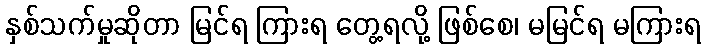
နှစ်သက်မှုဆိုတာ မြင်ရ ကြားရ တွေ့ရလို့ ဖြစ်စေ၊ မမြင်ရ မကြားရ